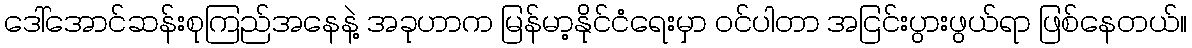
ဒေါ်အောင်ဆန်းစုကြည်အနေနဲ့ အခုဟာက မြန်မာ့နိုင်ငံရေးမှာ ဝင်ပါတာ အငြင်းပွားဖွယ်ရာ ဖြစ်နေတယ်။